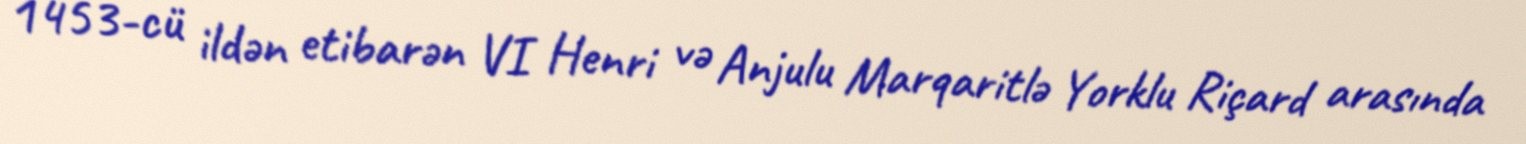
1453-cü ildən etibarən VI Henri və Anjulu Marqaritlə Yorklu Riçard arasında